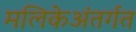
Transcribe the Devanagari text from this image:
मलिकेअंतर्गत